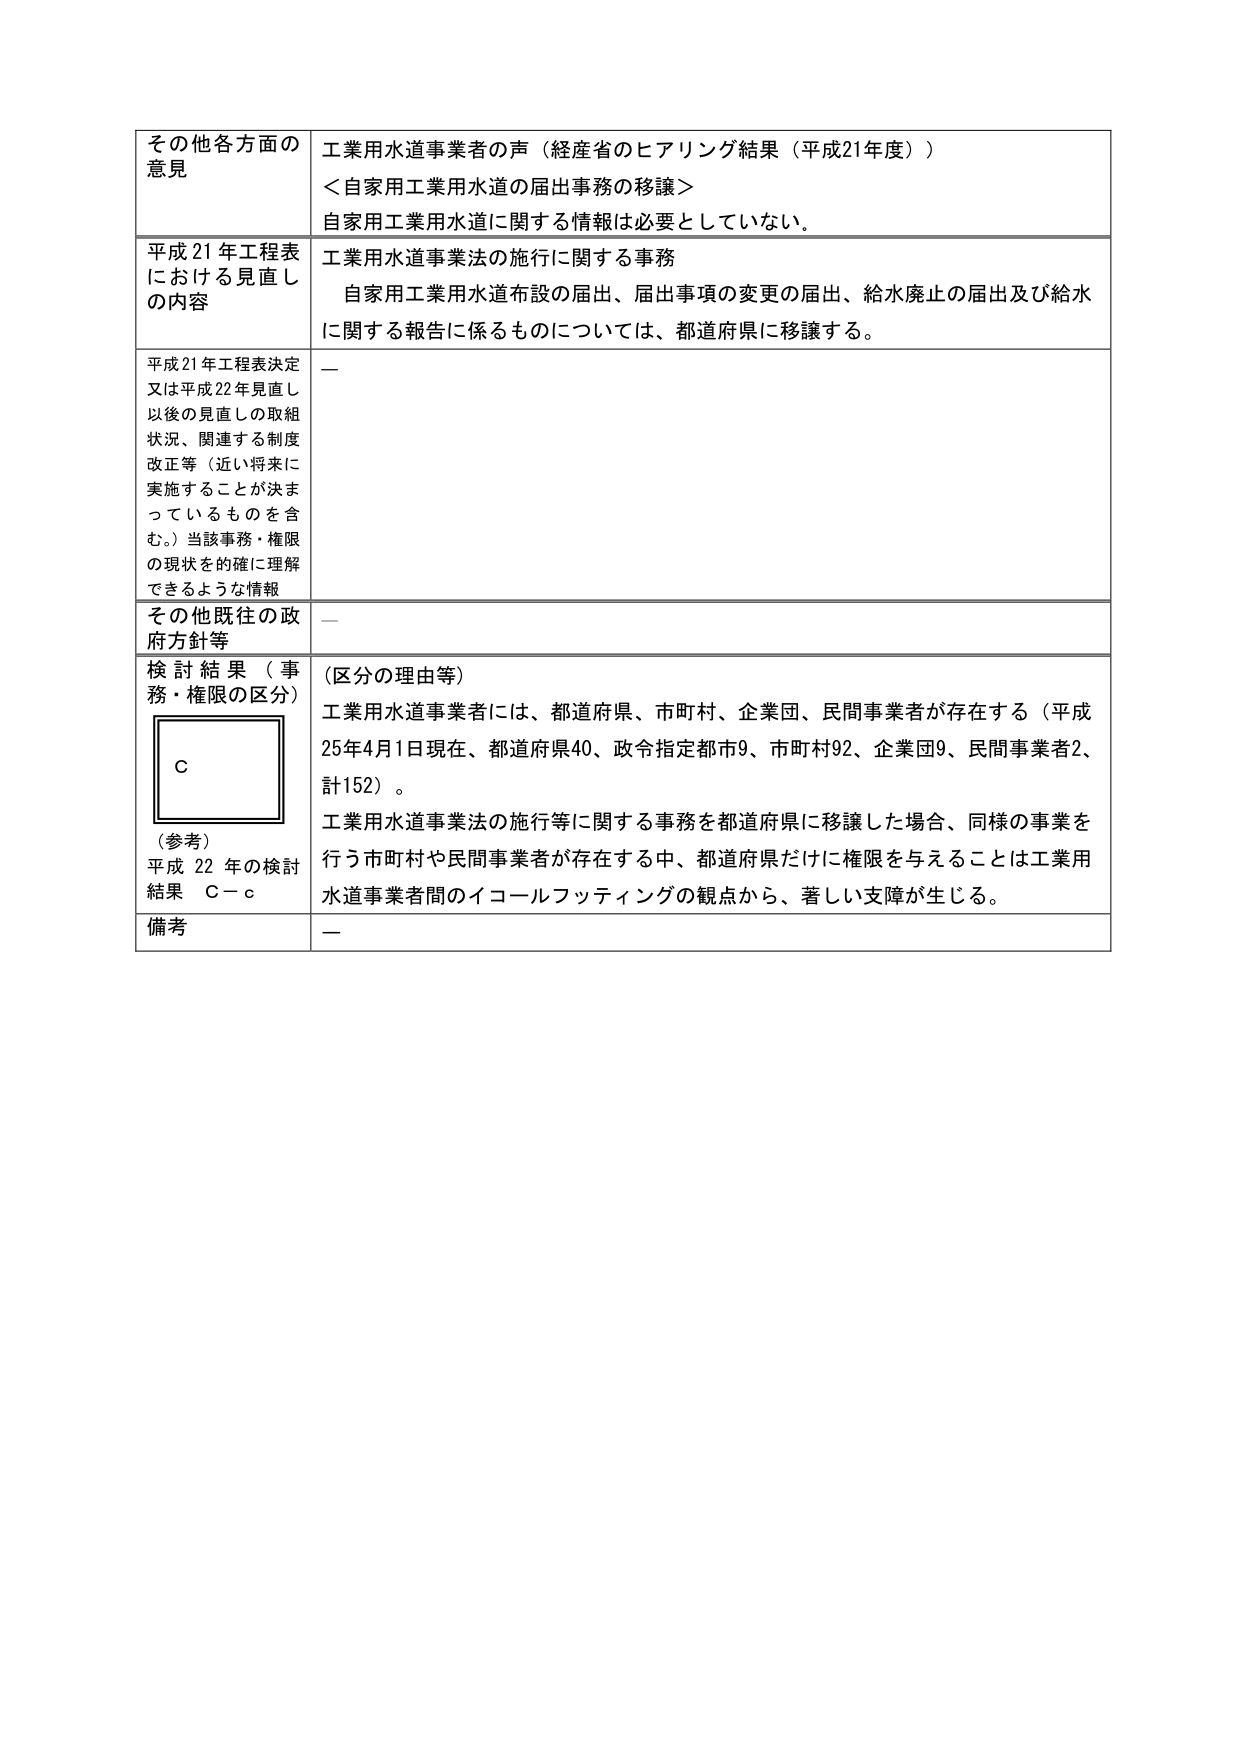
その他各方面の
意見
工業用水道事業者の声（経産省のヒアリング結果（平成21年度））
＜自家用工業用水道の届出事務の移譲＞
自家用工業用水道に関する情報は必要としていない。
平成21年工程表
における見直し
の内容
工業用水道事業法の施行に関する事務
自家用工業用水道布設の届出、届出事項の変更の届出、給水廃止の届出及び給水
に関する報告に係るものについては、都道府県に移譲する。
平成21年工程表決定
又は平成22年見直し
以後の見直しの取組
状況、関連する制度
改正等（近い将来に
実施することが決ま
っているものを含
む。）当該事務・権限
の現状を的確に理解
できるような情報
ー
その他既往の政
府方針等
ー
検討結果（事
務・権限の区分）
（区分の理由等）
工業用水道事業者には、都道府県、市町村、企業団、民間事業者が存在する（平成
25年4月1日現在、都道府県40、政令指定都市9、市町村92、企業団9、民間事業者2、
計152）。
工業用水道事業法の施行等に関する事務を都道府県に移譲した場合、同様の事業を
行う市町村や民間事業者が存在する中、都道府県だけに権限を与えることは工業用
水道事業者間のイコールフッティングの観点から、著しい支障が生じる。
（参考）
平成22年の検討
結果　Ｃ－ｃ
備考
ー
Ｃ